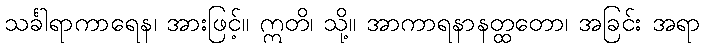
သင်္ခါရာကာရေန၊ အားဖြင့်။ ဣတိ၊ သို့။ အာကာရနာနတ္ထတော၊ အခြင်း အရာ